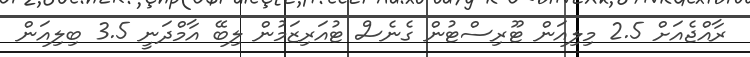
ރާއްޖެއަށް 2.5 މިލިއަން ޓޫރިސްޓުން ގެނެސް ޓުއަރިޒަމުން ލިބޭ އާމްދަނީ 3.5 ބިލިއަން